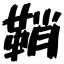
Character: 鞘